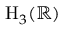
\mathrm { { H } } _ { 3 } ( \mathbb { R } )